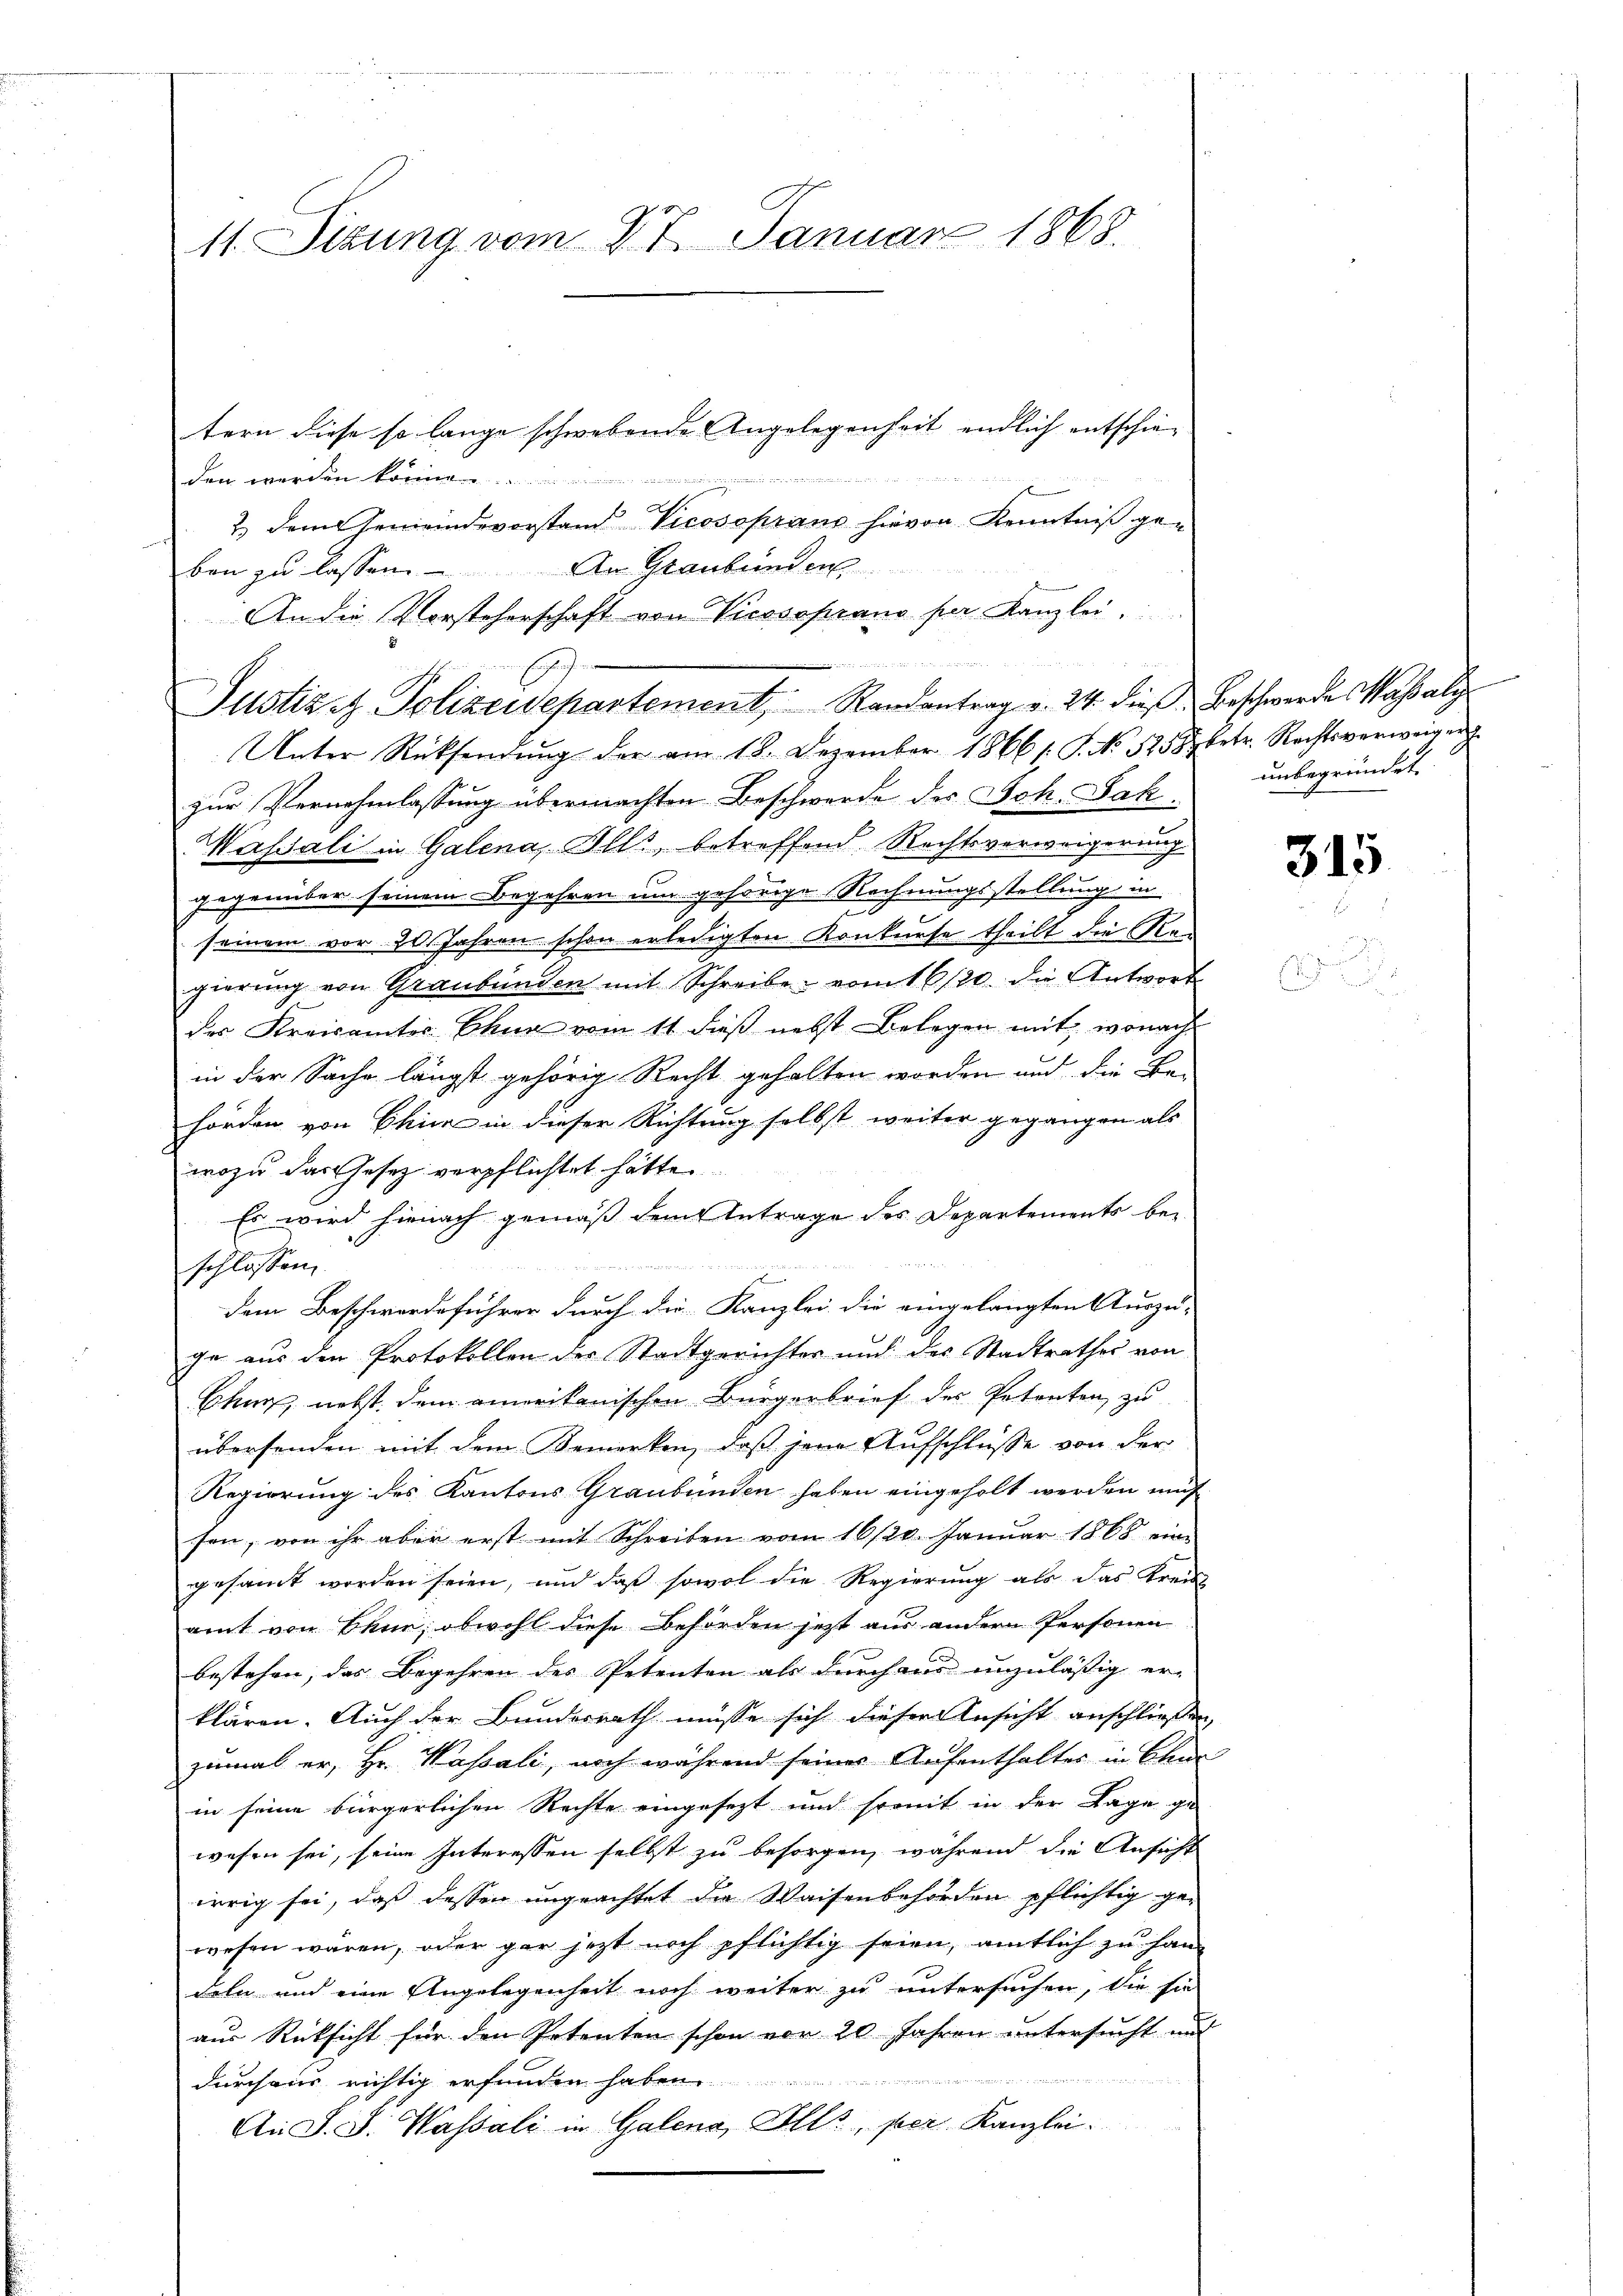
11. Sizung vom 27. Januar 1868.

tern diese so lange schwebende Angelegenheit endlich entschieden werden
2) dem Gemeindevorstand Vicosoprano hievon Kenntniß geben zu lassen. An Graubünden
An die Vorsteherschaft von Vicesoprano per Kanzlei
Unter Rücksendŭng der am 18. Dezember 1866 /: P. No 525 betr. Rechtsverweigung
zur Vernehmlassung übermachten Beschwerde der Joh. Jak.
Wassali in Galena, Alls, betreffend Rechtsverweigerung
gegenüber seinem Begehren um gehörige Rechnungsstellung in
seinem vor 20 Jahren schon erledigten Konkurse theilt die Ka
gierŭng von Graubünden mit Schreibe vom 16/20. die Antwort
der Kreisamtes Schur vom 11 dieß nebst Belegen mit, wonach
in der Sache längst gehörig Recht gehalten worden und die Be-
hörden von Chica in dieser Richtung selbst, weiter gegangen als
wozu das Gesetz verpflichtet hätte.
Es wird hienach gemäß dem Antrage des Departements bei
schlossen,
dem Beschwerdeführer durch die Kanzlei die eingelangten Auszu-
ge aus den Protokollen der Stadtgerichter und des Stadtrathes von
Chur, nebst, dem amerikanischen Bürgerbrief der Petenten zu
übersenden mit dem Bemerken, daß jene Aufschlüsse von der
Regierung des Kantons Graubünden haben eingeholt werden mus
sen, von ihr aber erst mit Schreiben vom 16/20. Janŭar 1868 eine
gesamt worden seien, und daß sowol die Regierung als das Kreis
amt von Bann; obwohl diese Behörden jetzt aus andern Personen
bestehen, das Begehren des Petenten als durchaus unzulässig er-
klären. Auch der Bundesrath müsse sich dieser Ansicht anschliessen,
zumal er, Hr. Hassali, noch während seines Aufenthalter in Ban
in seine bürgerlichen Rechte eingesezt und somit in der Lage ge-
wesen sei, seine Interessen selbst zu besorgen, während die Ansicht
irrig sei, daß dessen ungeachtet die Waisenbehörden pflichtig gewesen wären, oder gar jetzt noch pflichtig seien, amtlich zu han
deln und eine Angelegenheit noch weiter zu untersuchen, die sie
aus Rücksicht für den Petenten schon vor 20 Jahren untersucht und
durchaus richtig erfunden haben
An J. J. Wassali in Galena, Alls, per Kanzlei.

Justiz - Polizeidepartement, Randantrag v. 24. die Beschwerdes Wassatz

unbegründet.

315